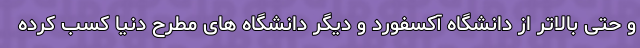
و حتی بالاتر از دانشگاه آکسفورد و دیگر دانشگاه های مطرح دنیا کسب کرده